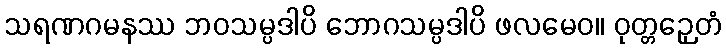
သရဏဂမနဿ ဘဝသမ္ပဒါပိ ဘောဂသမ္ပဒါပိ ဖလမေဝ။ ဝုတ္တဉှေတံ